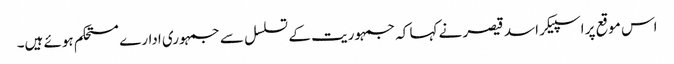
اس موقع پر اسپیکر اسد قیصر نے کہا کہ جمہوریت کے تسلسل سے جمہوری ادارے مستحکم ہوئے ہیں۔